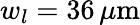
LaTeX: w_{l}=36\, \mu\mathrm{m}